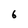
Character: 6